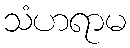
သံဟရာမ